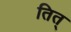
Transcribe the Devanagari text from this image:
तित्